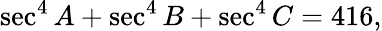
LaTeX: \sec^{4}A+\sec^{4}B+\sec^{4}C=416,